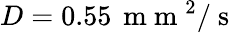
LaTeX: D=0.55\, \mathrm{~m~m~}^{2}/\mathrm{~s~}